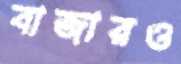
বাজারও